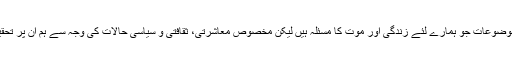
کچھ ایسے مسائل اور موضوعات جو ہمارے لئے زندگی اور موت کا مسئلہ ہیں لیکن مخصوص معاشرتی، ثقافتی و سیاسی حالات کی وجہ سے ہم اُن پر تحقیق تو دور کی بات ہے۔